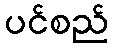
ပင်စည်